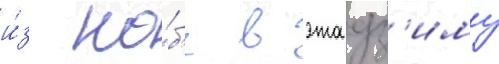
и́з ко́б'е в этадз'иму